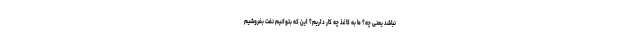
نباشد یعنی چه؟ ما به کاغذ چه کار داریم؟ این که بتوانیم نفت بفروشیم